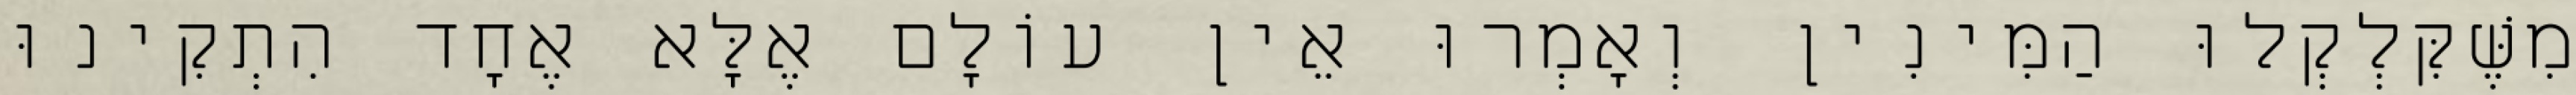
מִשֶּׁקִּלְקְלוּ הַמִּינִין וְאָמְרוּ אֵין עוֹלָם אֶלָּא אֶחָד הִתְקִינוּ